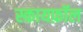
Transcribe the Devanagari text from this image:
स्कायफ़ॉल